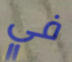
في